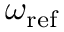
\omega _ { \mathrm { r e f } }